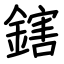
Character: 鎋